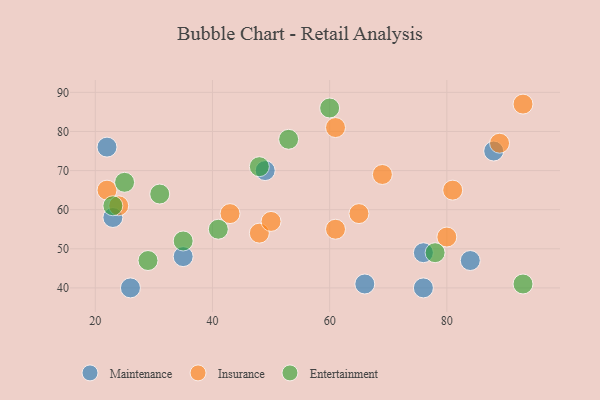
{"axis": {"x": "GDP", "y": "Life Expectancy"}, "legend": ["Entertainment", "Insurance", "Maintenance"], "data": [{"x": "49", "y": 70, "type": "Maintenance"}, {"x": "35", "y": 48, "type": "Maintenance"}, {"x": "26", "y": 40, "type": "Maintenance"}, {"x": "22", "y": 76, "type": "Maintenance"}, {"x": "88", "y": 75, "type": "Maintenance"}, {"x": "84", "y": 47, "type": "Maintenance"}, {"x": "76", "y": 40, "type": "Maintenance"}, {"x": "76", "y": 49, "type": "Maintenance"}, {"x": "23", "y": 58, "type": "Maintenance"}, {"x": "66", "y": 41, "type": "Maintenance"}, {"x": "80", "y": 53, "type": "Insurance"}, {"x": "61", "y": 81, "type": "Insurance"}, {"x": "69", "y": 69, "type": "Insurance"}, {"x": "89", "y": 77, "type": "Insurance"}, {"x": "48", "y": 54, "type": "Insurance"}, {"x": "93", "y": 87, "type": "Insurance"}, {"x": "43", "y": 59, "type": "Insurance"}, {"x": "81", "y": 65, "type": "Insurance"}, {"x": "50", "y": 57, "type": "Insurance"}, {"x": "22", "y": 65, "type": "Insurance"}, {"x": "61", "y": 55, "type": "Insurance"}, {"x": "24", "y": 61, "type": "Insurance"}, {"x": "65", "y": 59, "type": "Insurance"}, {"x": "29", "y": 47, "type": "Entertainment"}, {"x": "41", "y": 55, "type": "Entertainment"}, {"x": "23", "y": 61, "type": "Entertainment"}, {"x": "25", "y": 67, "type": "Entertainment"}, {"x": "48", "y": 71, "type": "Entertainment"}, {"x": "78", "y": 49, "type": "Entertainment"}, {"x": "53", "y": 78, "type": "Entertainment"}, {"x": "31", "y": 64, "type": "Entertainment"}, {"x": "93", "y": 41, "type": "Entertainment"}, {"x": "35", "y": 52, "type": "Entertainment"}, {"x": "60", "y": 86, "type": "Entertainment"}]}